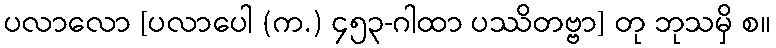
ပလာလော [ပလာပေါ (က.) ၄၅၃-ဂါထာ ပဿိတဗ္ဗာ] တု ဘုသမှိ စ။